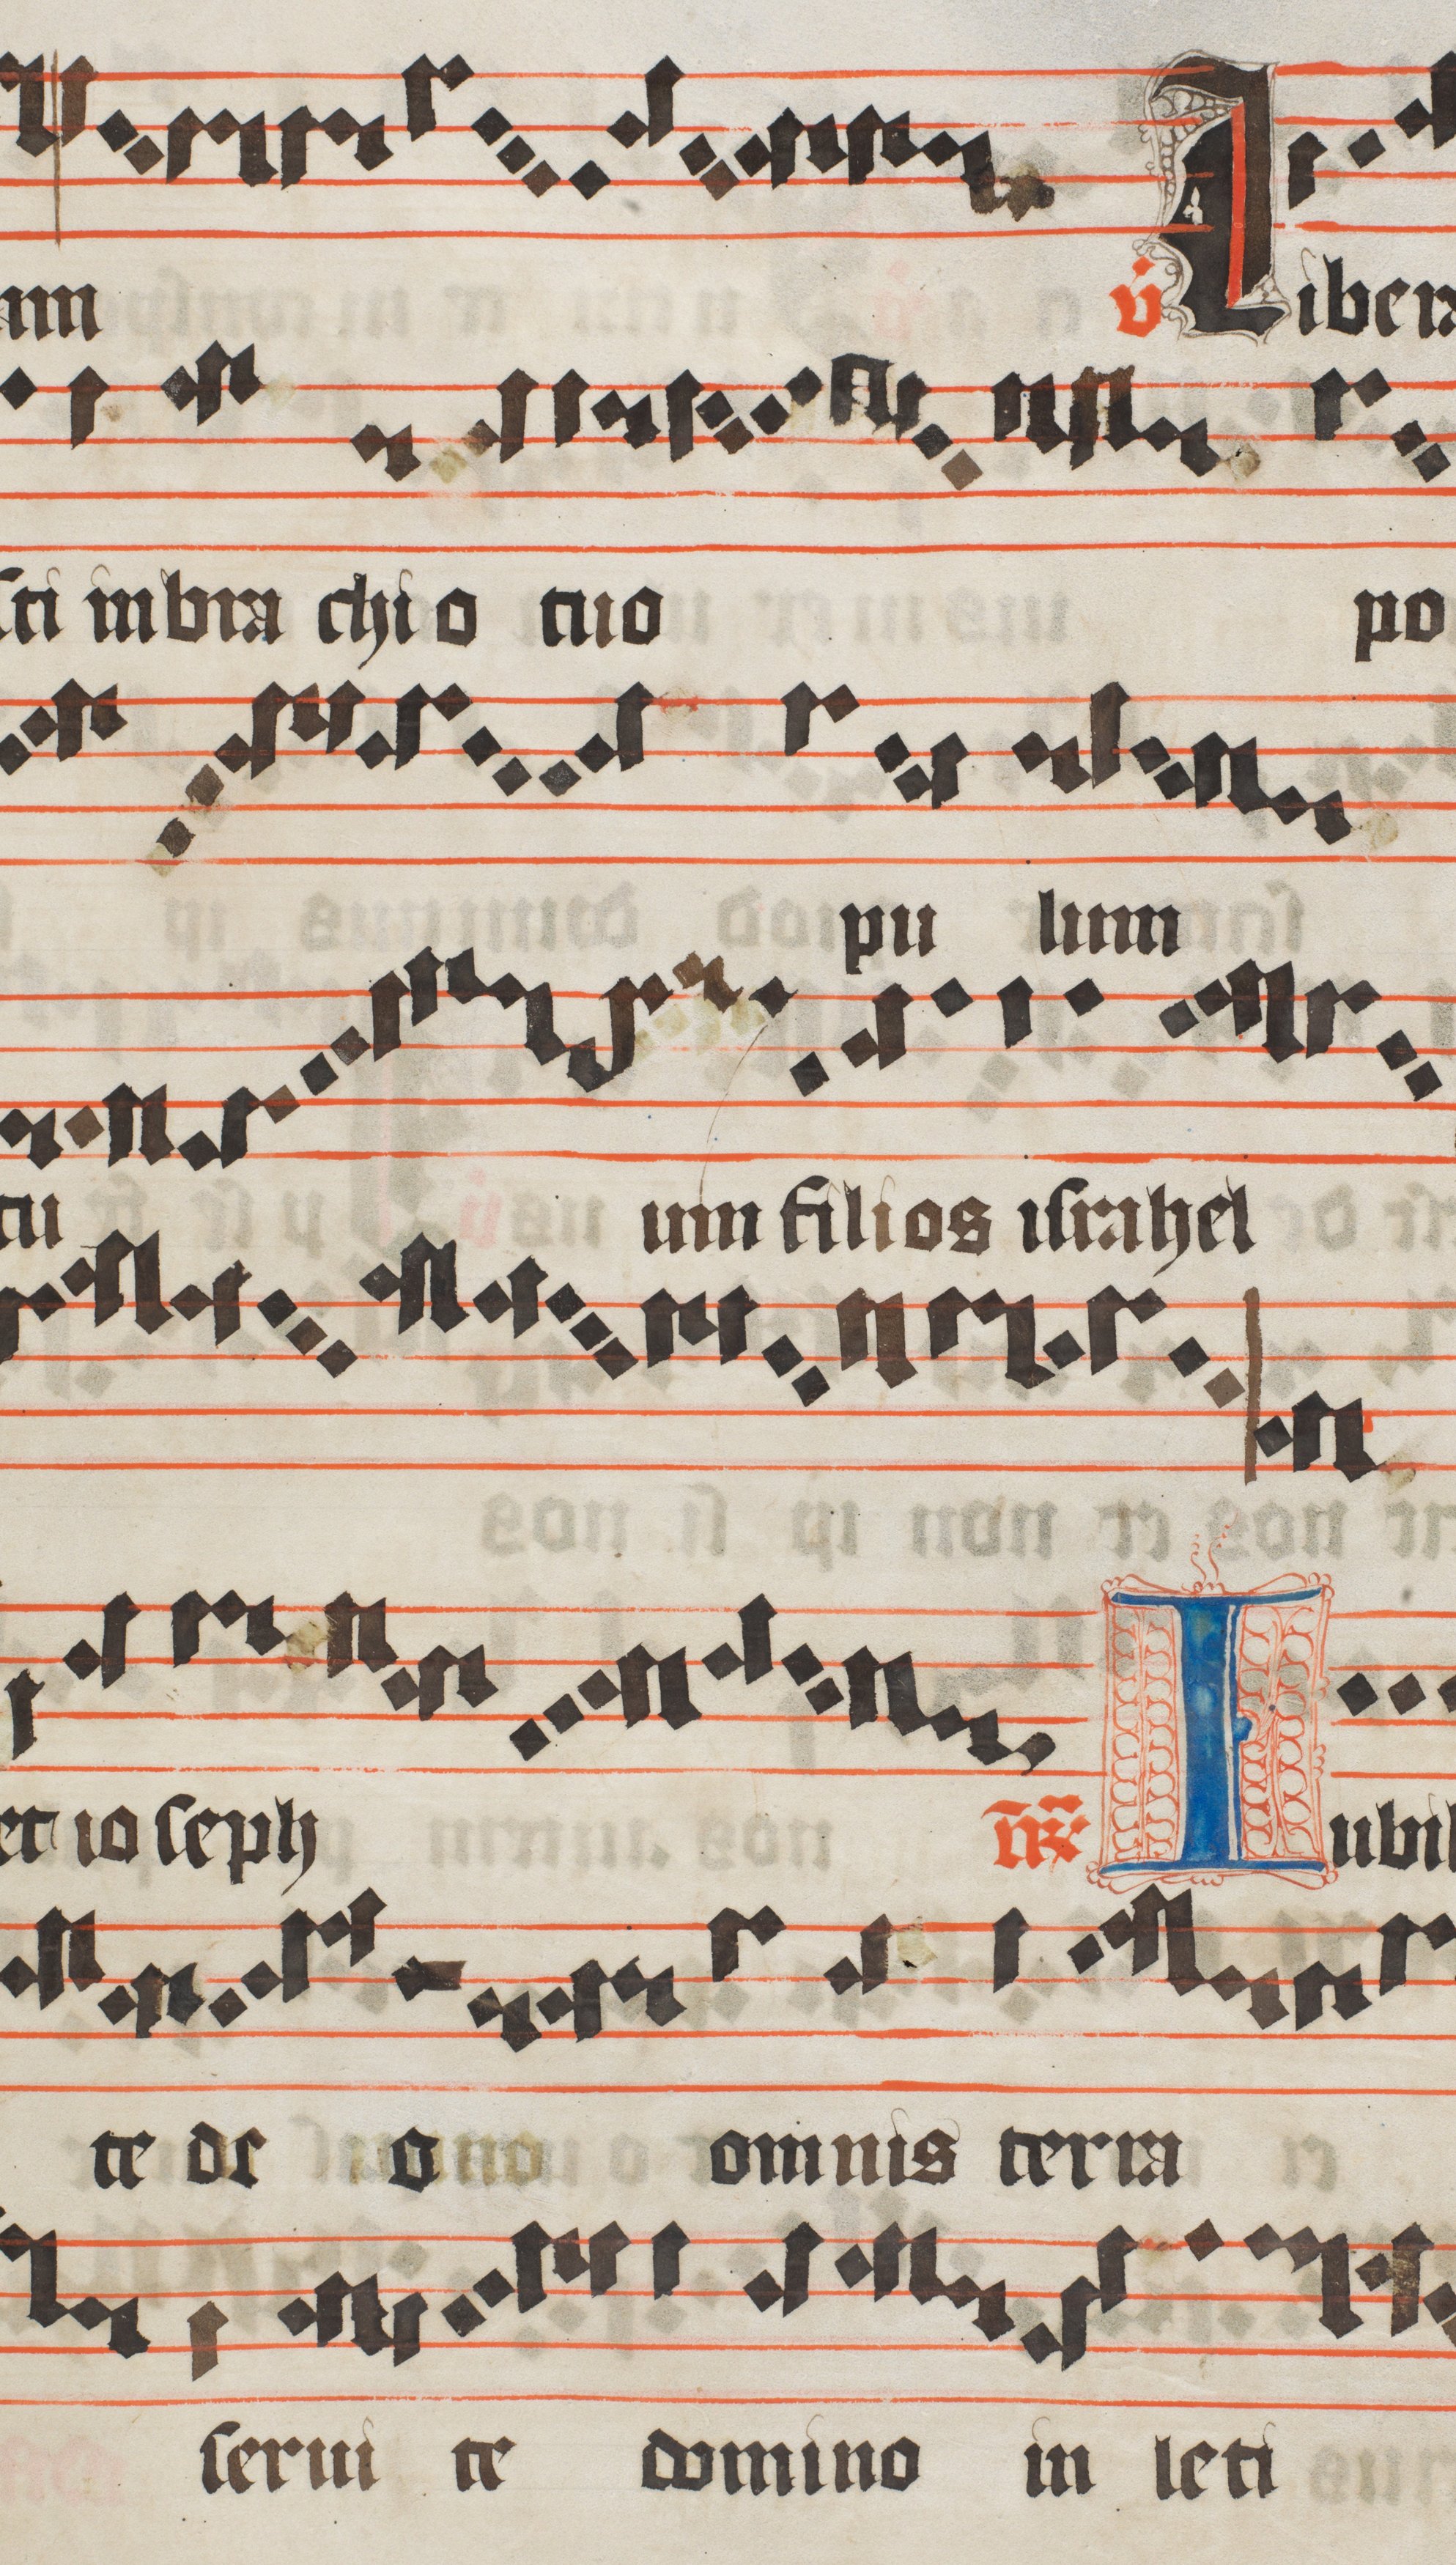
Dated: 1450–1599